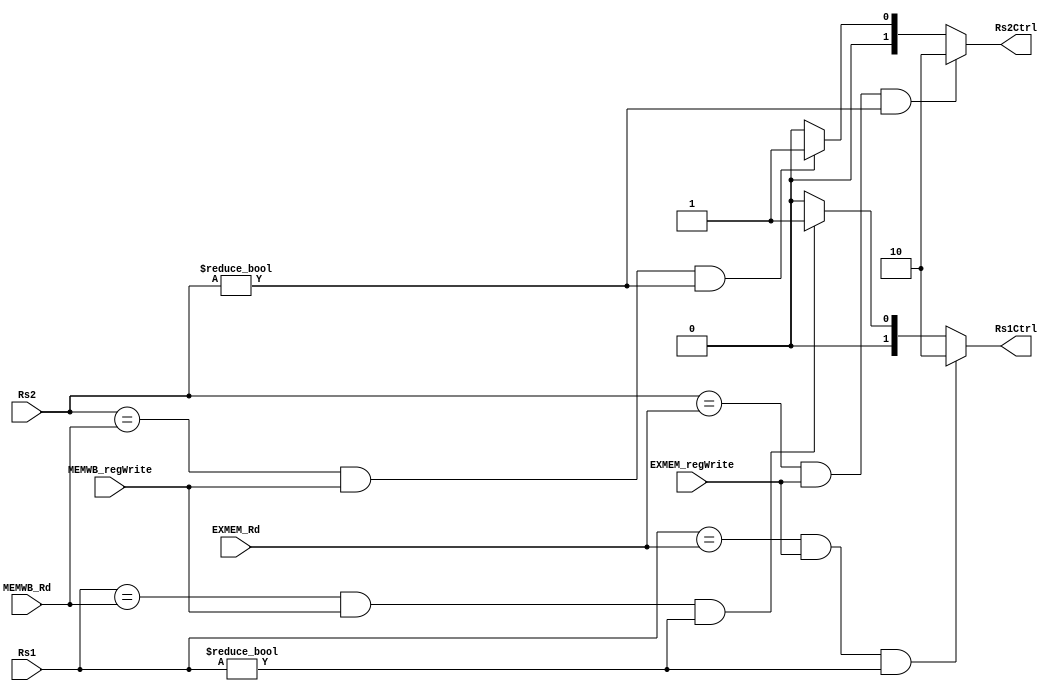
`timescale 1ns / 1ps
//////////////////////////////////////////////////////////////////////////////////
// Company: 
// Engineer: 
// 
// Design Name: 
// Module Name:    ForwardingUnit 
// Project Name: 
// Target Devices: 
// Tool versions: 
// Description: 
//
// Dependencies: 
//
// Revision: 
// Revision 0.01 - File Created
// Additional Comments: 
//
//////////////////////////////////////////////////////////////////////////////////
module ForwardingUnit(
	input [4:0] Rs1,
	input [4:0] Rs2,
	input [4:0] EXMEM_Rd,
	input [4:0] MEMWB_Rd,
	input EXMEM_regWrite,
	input MEMWB_regWrite,
	output [1:0] Rs1Ctrl,
	output [1:0] Rs2Ctrl
    );
assign Rs1Ctrl = (Rs1==EXMEM_Rd && EXMEM_regWrite==1 && Rs1!=0)? 2'b10:
						(Rs1==MEMWB_Rd && MEMWB_regWrite==1 && Rs1!=0)?2'b01:
						0;

assign Rs2Ctrl = (Rs2==EXMEM_Rd && EXMEM_regWrite==1 && Rs2!=0)? 2'b10:
						(Rs2==MEMWB_Rd && MEMWB_regWrite==1 && Rs2!=0)?2'b01:
						0;

endmodule